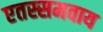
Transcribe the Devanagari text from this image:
एतस्समवाय